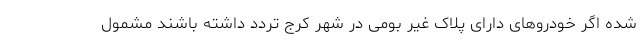
شده اگر خودروهای دارای پلاک غیر بومی در شهر کرج تردد داشته باشند مشمول